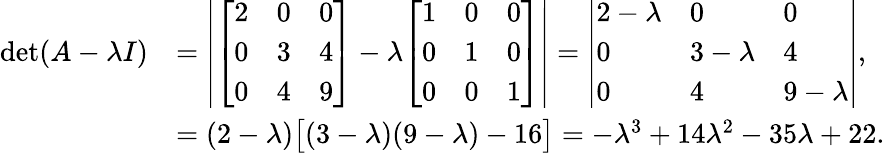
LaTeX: {\begin{array}{rl}{\operatorname*{det}(A-\lambda I)}&{=\left|{\left[\begin{array}{lll}{2}&{0}&{0}\\ {0}&{3}&{4}\\ {0}&{4}&{9}\end{array}\right]}-\lambda{\left[\begin{array}{lll}{1}&{0}&{0}\\ {0}&{1}&{0}\\ {0}&{0}&{1}\end{array}\right]}\right|={\left|\begin{array}{lll}{2-\lambda}&{0}&{0}\\ {0}&{3-\lambda}&{4}\\ {0}&{4}&{9-\lambda}\end{array}\right|},}\\ &{=(2-\lambda){\bigl[}(3-\lambda)(9-\lambda)-16{\bigr]}=-\lambda^{3}+14\lambda^{2}-35\lambda+22.}\end{array}}